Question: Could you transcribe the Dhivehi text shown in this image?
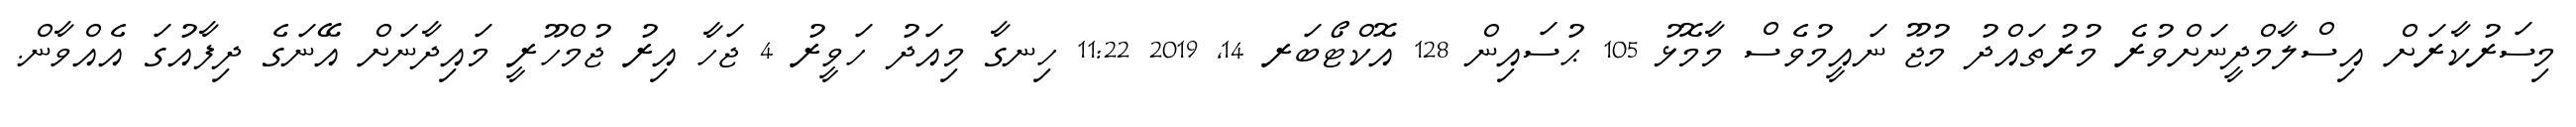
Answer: މިސަރުކާރަށް އިސްލާމްދީނަށްވުރެ މުރުތައްދު މުޖޫ ނައީމުވެސް މާމޮޅު 105 ޙުސައިން 128 އޮކްޓޯބަރ 14, 2019 11:22 ހިނގާ މިއަދު ހަވީރު 4 ޖަހާ އިރު ޖުމްހޫރީ މައިދާނަށް އޭނަގެ ދިފާއުގަ އެއްވާން.